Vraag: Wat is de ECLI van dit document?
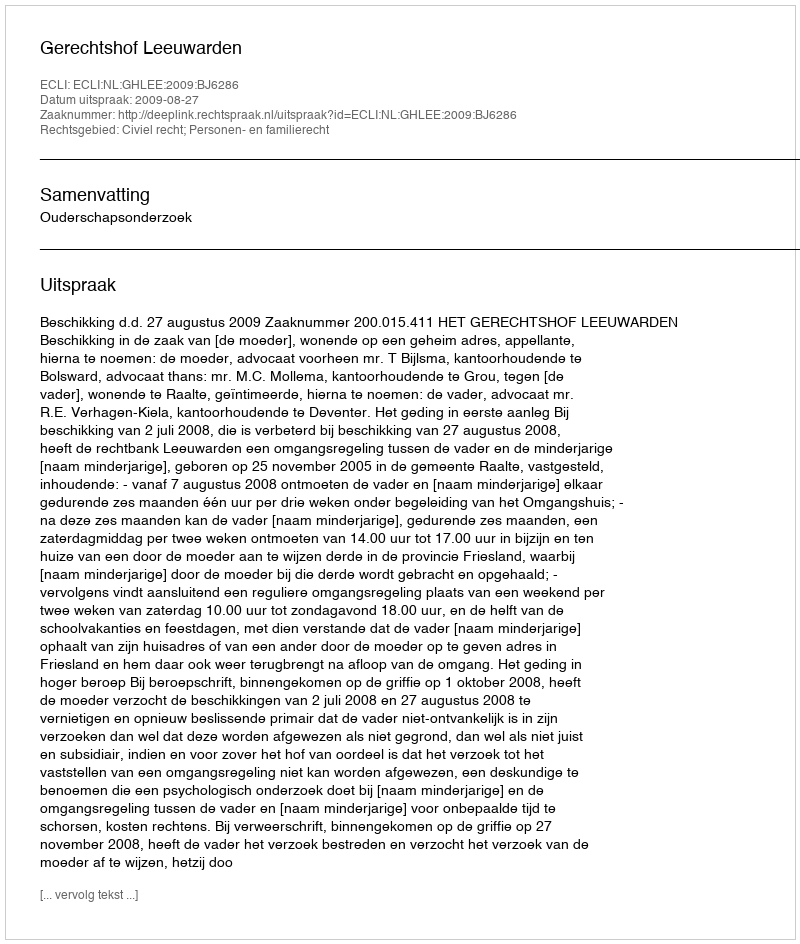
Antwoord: ECLI:NL:GHLEE:2009:BJ6286